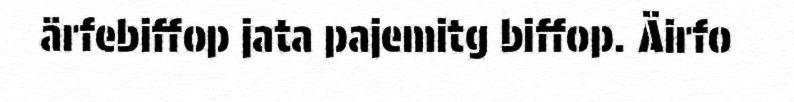
ärfebiffop jata pajemitg biffop. Äirfo